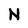
Character: N